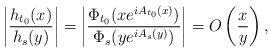
LaTeX: \begin{align*} \left| \frac{h_{t_0}(x)}{h_s(y)} \right|= \left| \frac{\Phi_{t_0}(xe^{i A_{t_0}(x)})}{\Phi_s(y e^{i A_s(y)})} \right|=O\left( \frac{x}{y} \right),\end{align*}